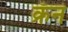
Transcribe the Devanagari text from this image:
क्रॅन